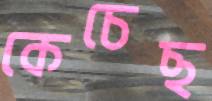
কেচেছ